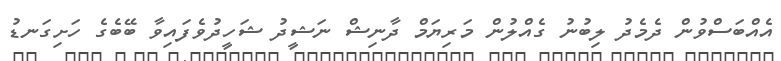
އެއްބަސްވުން ދެމެދު ލިބުނު ގެއްލުން މަރިޔަމް ދާނިޝް ނަޝީދު ޝަހީދުވެފައިވާ ބޭބެގެ ހަށިގަނޑު